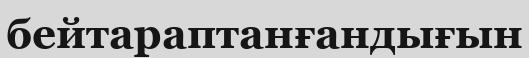
бейтараптанғандығын